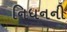
નિધનની